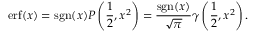
\operatorname { e r f } ( x ) = \operatorname { s g n } ( x ) P \left( { \frac { 1 } { 2 } } , x ^ { 2 } \right) = { \frac { \operatorname { s g n } ( x ) } { \sqrt { \pi } } } \gamma \left( { \frac { 1 } { 2 } } , x ^ { 2 } \right) .